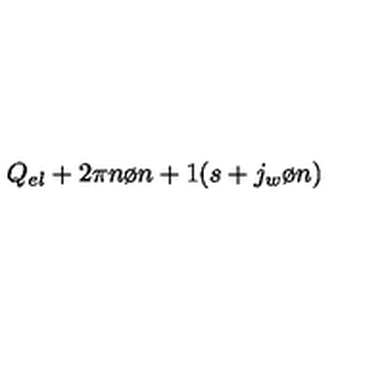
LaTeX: Q _ { e l } + { { 2 \pi n } \o { n + 1 } } ( s + { { j _ { w } } \o n } )